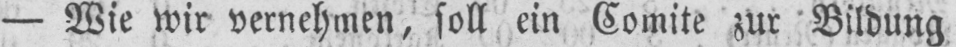
- Wie wir vernehmen, soll ein Comite zur Bildung